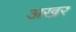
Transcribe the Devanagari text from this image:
अखर